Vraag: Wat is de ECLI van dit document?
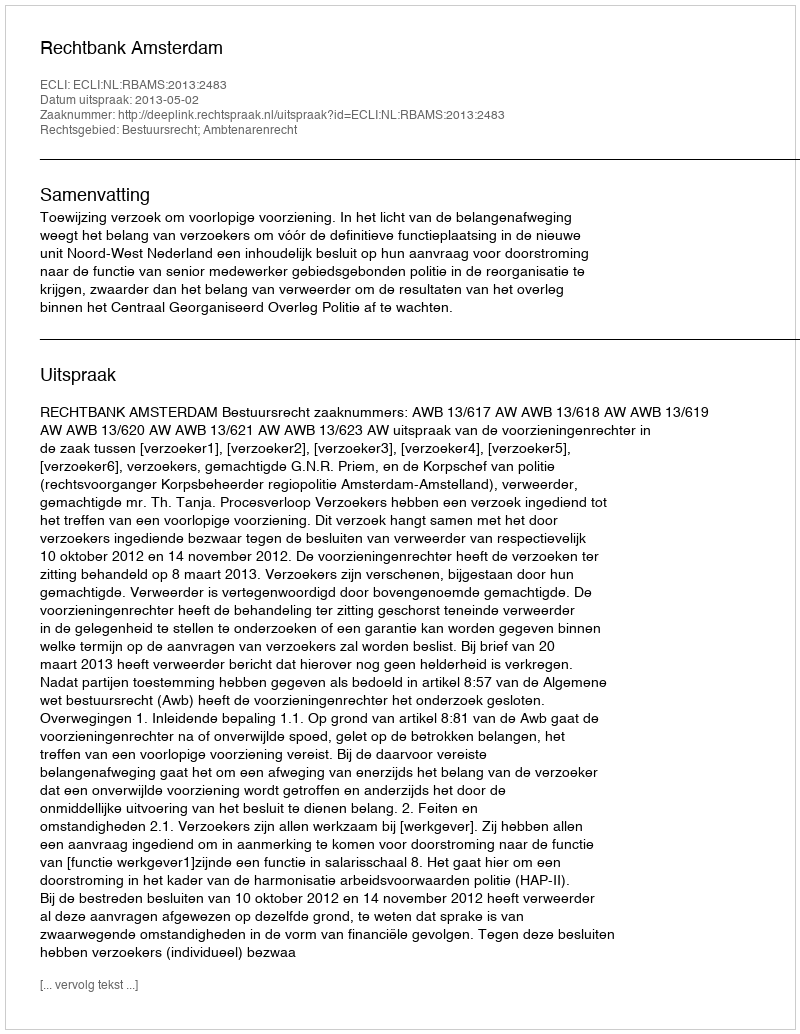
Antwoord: ECLI:NL:RBAMS:2013:2483